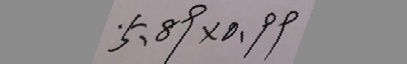
5 . 8 9 \times 0 . 9 9